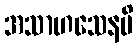
အသာဟသေနပိ